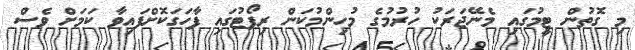
މި ގޮތުން ޓީމުގައި މެނޭޖަރަކު ހުރުމުގެ މުހިންމުކަން ރިޕޯޓުގައި ފާހަގަކޮށްފައިވާ ކަމަށް ވެސް